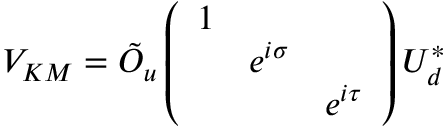
V _ { K M } = \tilde { O } _ { u } \left( \begin{array} { c c c } { { 1 } } & { { } } & { { \nonumber } } \\ { { } } & { { e ^ { i \sigma } } } & { { \nonumber } } \\ { { } } & { { } } & { { e ^ { i \tau } } } \end{array} \right) U _ { d } ^ { * }